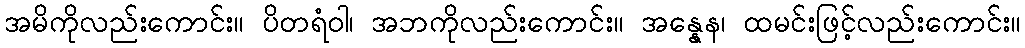
အမိကိုလည်းကောင်း။ ပိတရံဝါ၊ အဘကိုလည်းကောင်း။ အန္နေန၊ ထမင်းဖြင့်လည်းကောင်း။